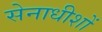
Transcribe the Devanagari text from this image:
सेनाधीशों